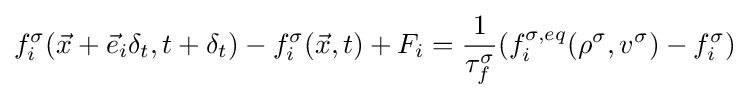
f_{i}^{\sigma }({\vec {x}}+{\vec {e}}_{i}\delta _{t},t+\delta _{t})-f_{i}^{\sigma }({\vec {x}},t)+F_{i}={\frac {1}{\tau _{f}^{\sigma }}}(f_{i}^{\sigma ,eq}(\rho ^{\sigma },v^{\sigma })-f_{i}^{\sigma })